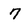
Character: 7